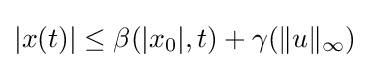
|x(t)|\leq \beta (|x_{0}|,t)+\gamma (\|u\|_{\infty })